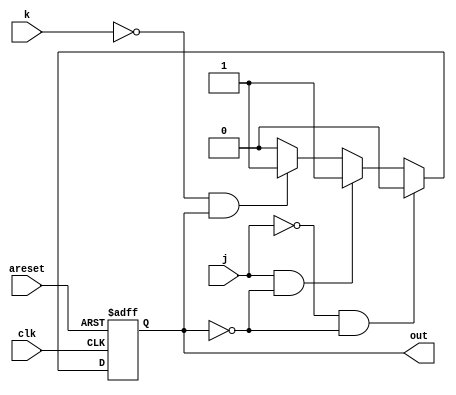
module top_module(
    input clk,
    input areset,    // Asynchronous reset to OFF
    input j,
    input k,
    output out); //  

    parameter OFF=0, ON=1; 
    reg state, next_state;

    always @(*) begin
        // State transition logic
        if(j==0&state==OFF)
            next_state <= OFF;
        else if(j==1&state==OFF)
            next_state <= ON;
        else if(k==0&state==ON)
            next_state <= ON;
        else
            next_state <= OFF;
    end

    always @(posedge clk, posedge areset) begin
        // State flip-flops with asynchronous reset
        if(areset)
            state <= OFF;
        else
            state <= next_state;
    end

    // Output logic
    // assign out = (state == ...);
    assign out = state;

endmodule